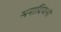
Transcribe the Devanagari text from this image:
समादियामी